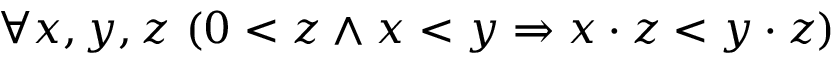
\forall x , y , z \ ( 0 < z \land x < y \Rightarrow x \cdot z < y \cdot z )